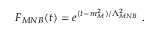
F _ { M N B } ( t ) = e ^ { ( t - m _ { M } ^ { 2 } ) / \Lambda _ { M N B } ^ { 2 } } \ .